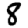
Digit: 8